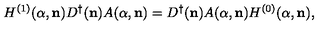
H ^ { ( 1 ) } ( { \alpha } , { \bf n } ) D ^ { \dagger } ( { \bf n } ) A ( { \alpha } , { \bf n } ) = D ^ { \dagger } ( { \bf n } ) A ( { \alpha } , { \bf n } ) H ^ { ( 0 ) } ( { \alpha } , { \bf n } ) ,